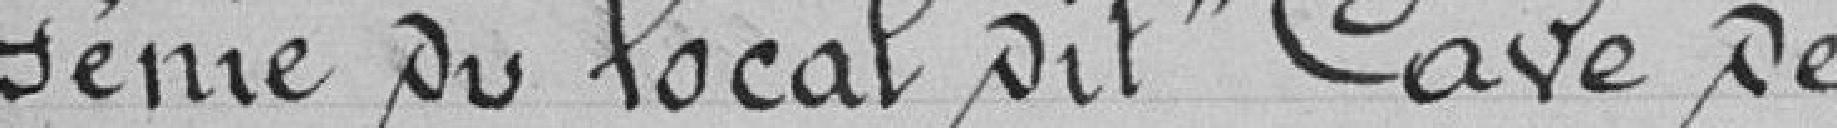
génie du local dit "Cave de